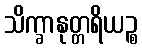
သိက္ခာနုတ္တရိယဉ္စ